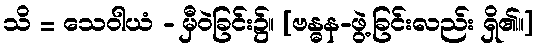
သိ = သေဝါယံ - မှီဝဲခြင်း၌။ [ဗန္ဓန-ဖွဲ့ခြင်းလည်း ရှိ၏။]